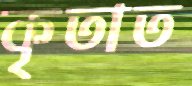
কৃতাত